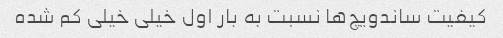
کیفیت ساندویچ‌ها نسبت به بار اول خیلی خیلی کم شده